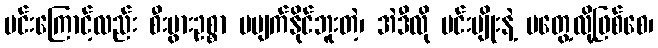
မင်းကြောင့်လည်း စီးပွားဥစ္စာ မပျက်နိုင်ဘူးတဲ့၊ အဲဒီလို မင်းမျိုးနဲ့ မတွေ့လို့ဖြစ်စေ၊